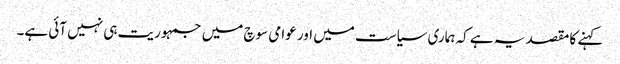
کہنے کا مقصد یہ ہے کہ ہماری سیاست میں اور عوامی سوچ میں جمہوریت ہی نہیں آئی ہے۔